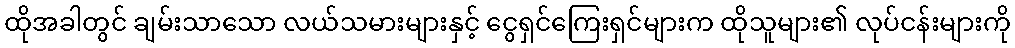
ထိုအခါတွင် ချမ်းသာသော လယ်သမားများနှင့် ငွေရှင်ကြေးရှင်များက ထိုသူများ၏ လုပ်ငန်းများကို